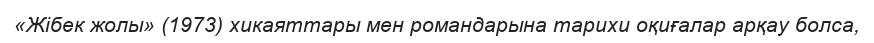
«Жібек жолы» (1973) хикаяттары мен романдарына тарихи оқиғалар арқау болса,